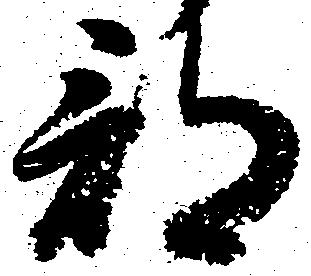
部